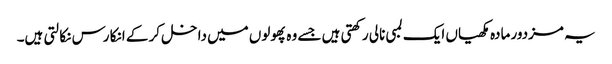
یہ مزدور مادہ مکھیاں ایک لمبی نالی رکھتی ہیں جسے وہ پھولوں میں داخل کر کے انکا رس نکالتی ہیں۔